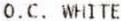
O.C. WHITE